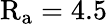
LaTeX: \mathrm{R_{a}}=4.5